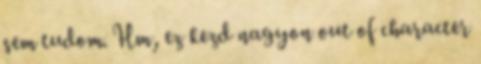
sem tudom. Hm, ez kezd nagyon out of character